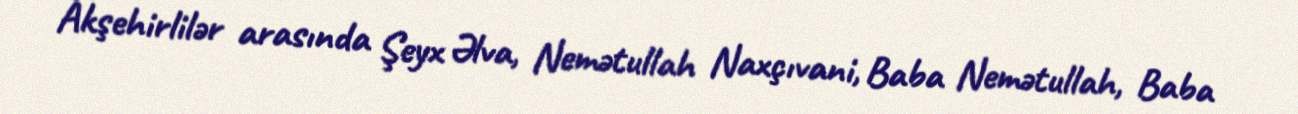
Akşehirlilər arasında Şeyx Əlva, Nemətullah Naxçıvani, Baba Nemətullah, Baba